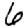
Digit: 6